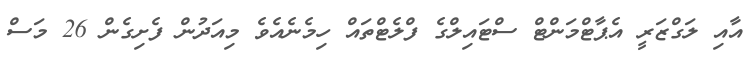
އާއި ލަގްޒަރީ އެޕާޓްމަންޓް ސްޓައިލްގެ ފްލެޓްތައް ހިމެނެއެވެ މިއަދުން ފެށިގެން 26 މަސް